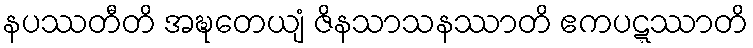
နပဿတီတိ အဍ္ဎတေယျံ ဇိနသာသနဿာတိ ဧကပဋ္ဋဿာတိ